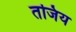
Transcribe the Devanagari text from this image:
तजिय